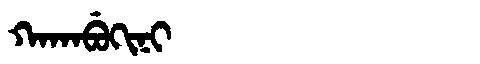
Manchu: ᡴᠠᡴᠠᠪᡠᡴᡳᠨᡳ
Romanization: KAKABUKINI